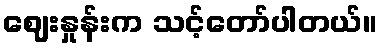
ဈေးနှုန်းက သင့်တော်ပါတယ်။